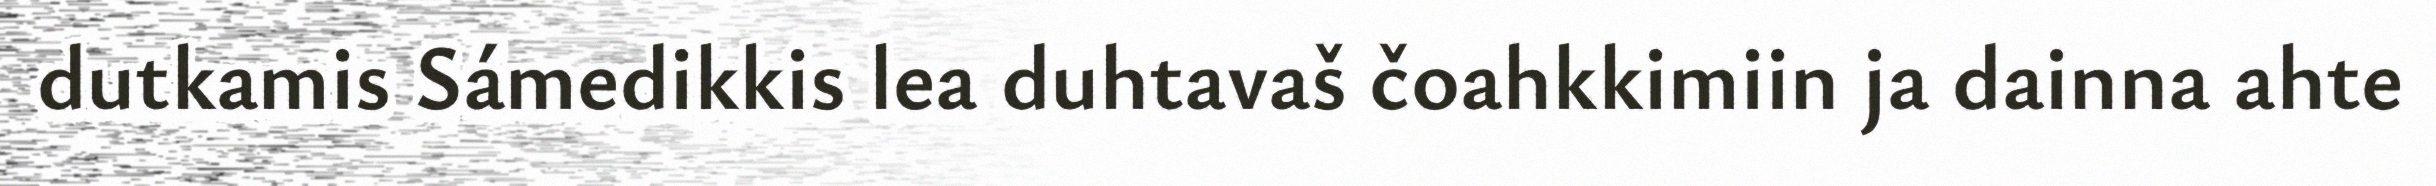
dutkamis Sámedikkis lea duhtavaš čoahkkimiin ja dainna ahte